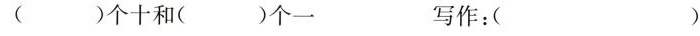
( )个十和( )个一 写作：( )